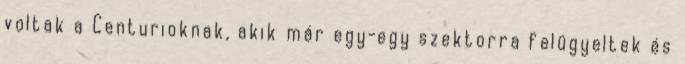
voltak a Centurioknak, akik már egy-egy szektorra felügyeltek és